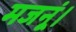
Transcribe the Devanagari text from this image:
मजनूं।